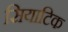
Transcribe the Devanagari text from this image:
सियाटिक